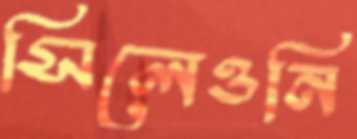
সিলেওনি